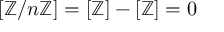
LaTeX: [ \mathbb { Z } / n \mathbb { Z } ] = [ \mathbb { Z } ] - [ \mathbb { Z } ] = 0